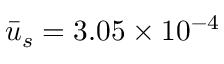
\bar { u } _ { s } = 3 . 0 5 \times { 1 0 ^ { - 4 } }